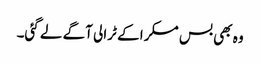
وہ بھی بس مسکرا کے ٹرالی آگے لے گئی۔